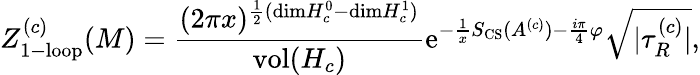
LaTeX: Z_{\mathrm{1-loop}}^{(c)}(M)={\frac{(2\pi x)^{{\frac{1}{2}}(\mathrm{dim}H_{c}^{0}-\mathrm{dim}H_{c}^{1})}}{\mathrm{vol}(H_{c})}}\mathrm{e}^{-{\frac{1}{x}}S_{\mathrm{CS}}(A^{(c)})-{\frac{i\pi}{4}}\varphi}{\sqrt{|\tau_{R}^{(c)}|}},